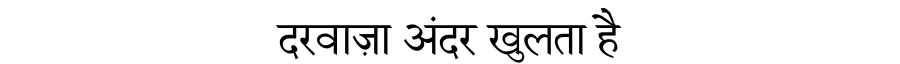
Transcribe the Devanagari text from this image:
दरवाज़ा अंदर खुलता है